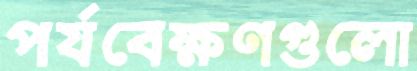
পর্যবেক্ষণগুলো